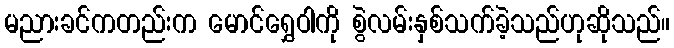
မညားခင်ကတည်းက မောင်ရွှေဝါကို စွဲလမ်းနှစ်သက်ခဲ့သည်ဟုဆိုသည်။